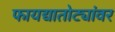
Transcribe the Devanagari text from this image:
फायद्यातोट्यांवर